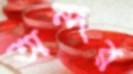
অন্দর